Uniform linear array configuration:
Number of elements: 48
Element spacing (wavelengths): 0.25
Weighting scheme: hann
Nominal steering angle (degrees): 0
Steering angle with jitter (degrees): -1.49
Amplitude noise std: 0.05
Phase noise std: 0.05

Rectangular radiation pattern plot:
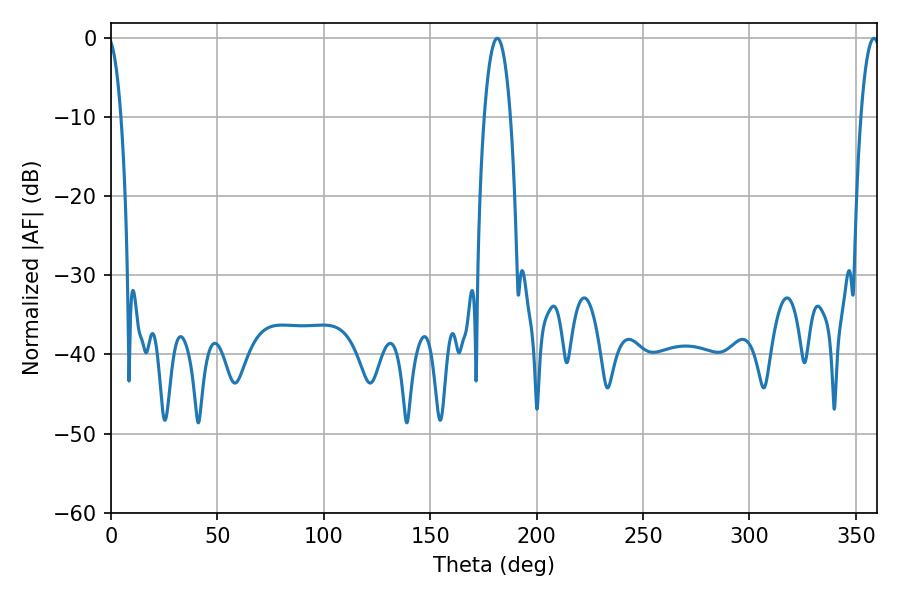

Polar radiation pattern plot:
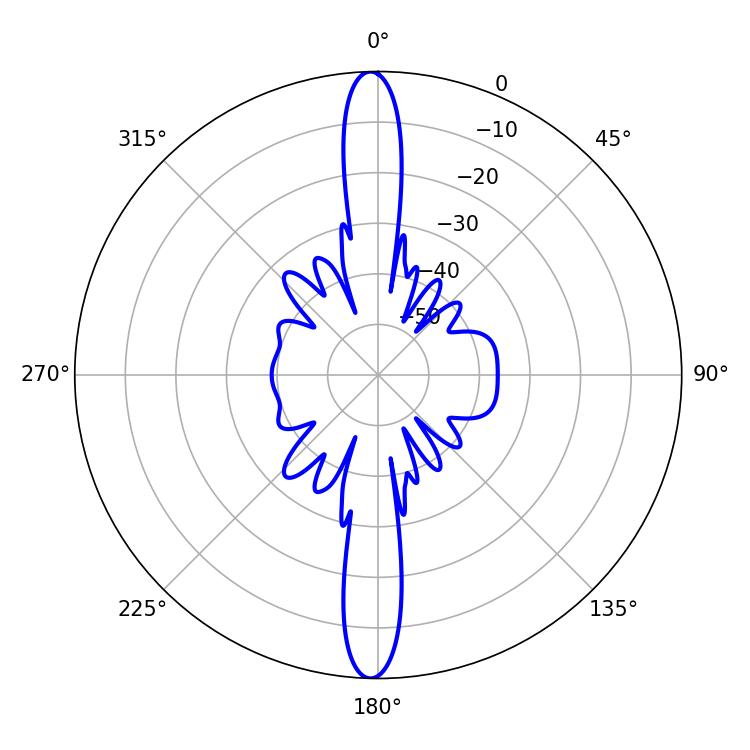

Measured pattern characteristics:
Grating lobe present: FALSE
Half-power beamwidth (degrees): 6.84
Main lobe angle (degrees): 181.44